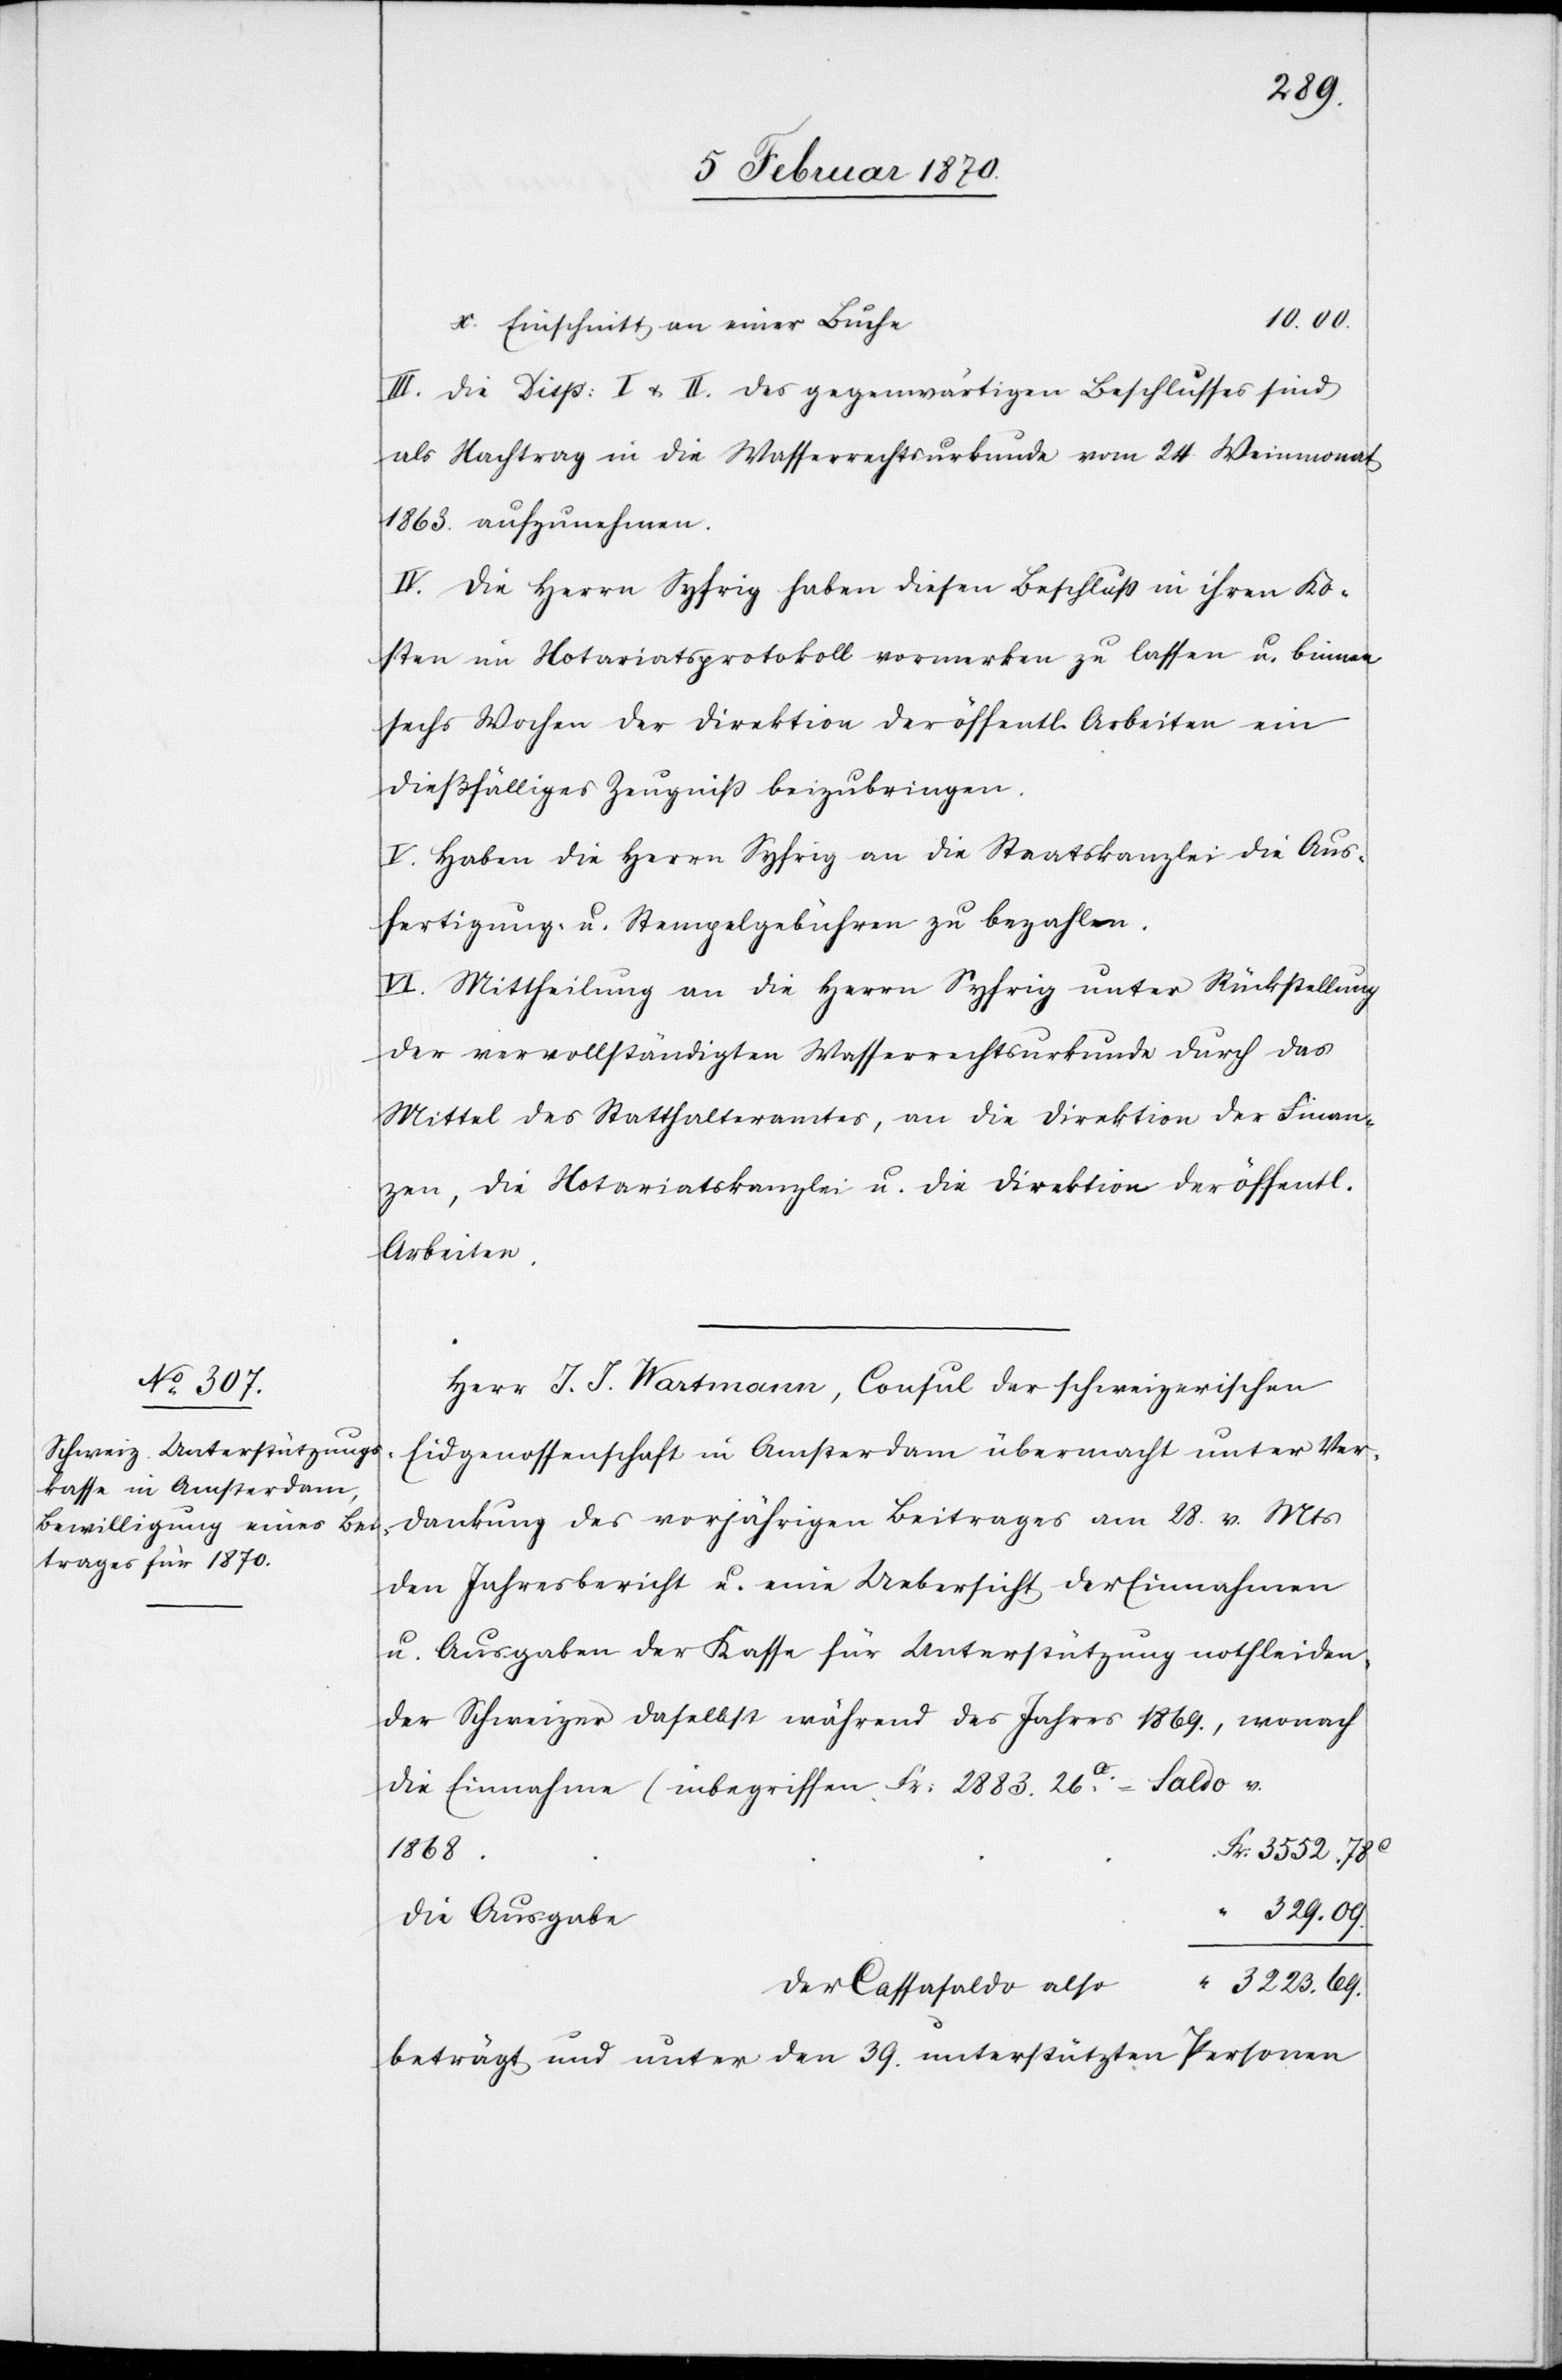
III. Die Disp: I & II. des gegenwärtigen Beschlusses sind
als Nachtrag in die Wasserrechtsurkunde vom 24. Weinmonat
1863. aufzunehmen.
IV. Die Herrn Syfrig haben diesen Beschluß in ihren Ko¬
sten im Notariatsprotokoll vormerken zu lassen u. binnen
sechs Wochen der Direktion der öffentl. Arbeiten ein
dießfälliges Zeugniß beizubringen.
V. Haben die Herrn Syfrig an die Staatskanzlei die Aus¬
fertigung- u. Stempelgebühren zu bezahlen.
VI. Mittheilung an die Herrn Syfrig unter Rückstellung
der vervollständigten Wasserrechtsurkunde durch das
Mittel des Statthalteramtes, an die Direktion der Finan¬
zen, die Notariatskanzlei u. die Direktion der öffentl.
Arbeiten.
Herr J. J. Wartmann, Consul der schweizerischen
Eidgenossenschaft in Amsterdam übermacht unter Ver¬
dankung des vorjährigen Beitrages am 28. v. Mts
den Jahresbericht u. eine Uebersicht der Einnahmen
u. Ausgaben der Kasse für Unterstützung nothleiden¬
der Schweizer daselbst während des Jahres 1869., wonach
die Einnahme (inbegriffen Fr: 2883. 26c. = Saldo v.
69.
1868.
Die Ausgabe
Der Cassasaldo also
beträgt und unter den 39. unterstützten Personen